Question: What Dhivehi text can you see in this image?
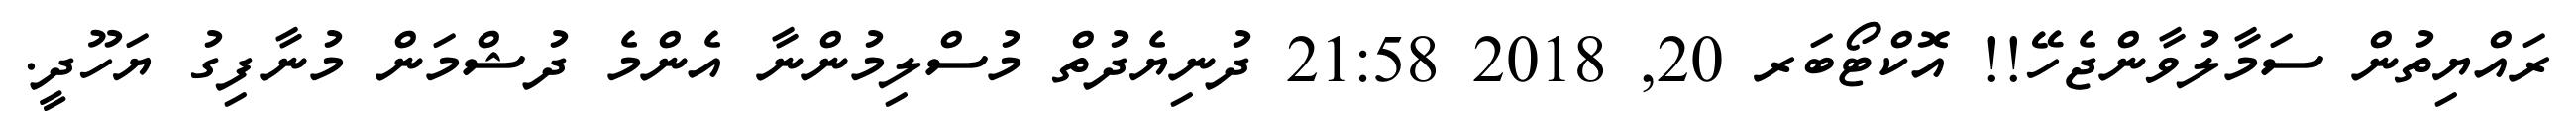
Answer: ރައްޔިތުން ސަމާލުވާންޖެހޭ!! އޮކްޓޯބަރ 20, 2018 21:58 ދުނިޔެދުތް މުސްލިމުންނާ އެންމެ ދުޝްމަން މުނާފިގު ޔަހޫދީ.